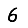
Digit: 6